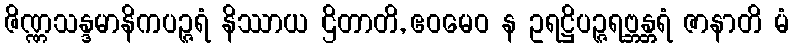
ဇိဏ္ဏသန္ဒမာနိကပဉ္ဇရံ နိဿာယ ဌိတာတိ, ဧဝမေဝ န ဥရဋ္ဌိပဉ္ဇရဗ္ဘန္တရံ ဇာနာတိ မံ